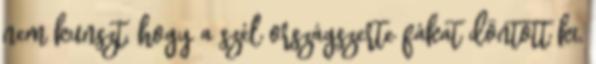
nem kunszt, hogy a szél országszerte fákat döntött ki,